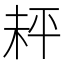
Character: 𪲅